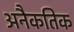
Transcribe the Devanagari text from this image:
अनैकतिक